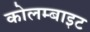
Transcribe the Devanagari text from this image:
कोलम्बाइट